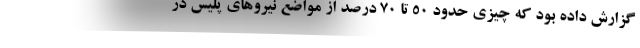
گزارش داده بود که چیزی حدود 50 تا 70 درصد از مواضع نیروهای پلیس در